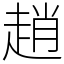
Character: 趙